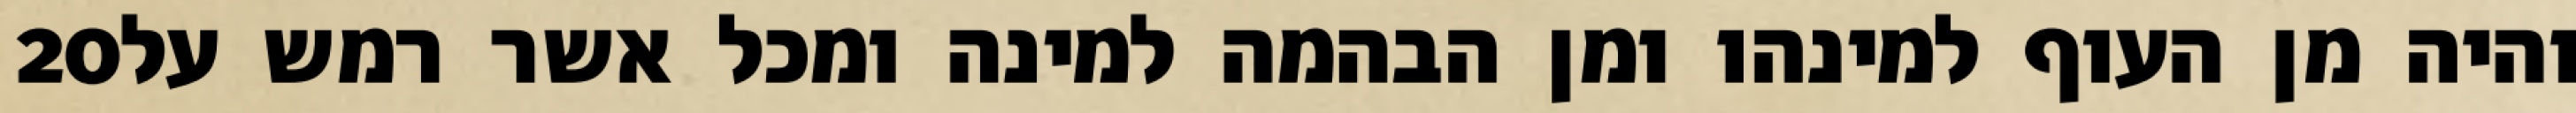
‎20‏ והיה מן העוף למינהו ומן הבהמה למינה ומכל אשר רמש על